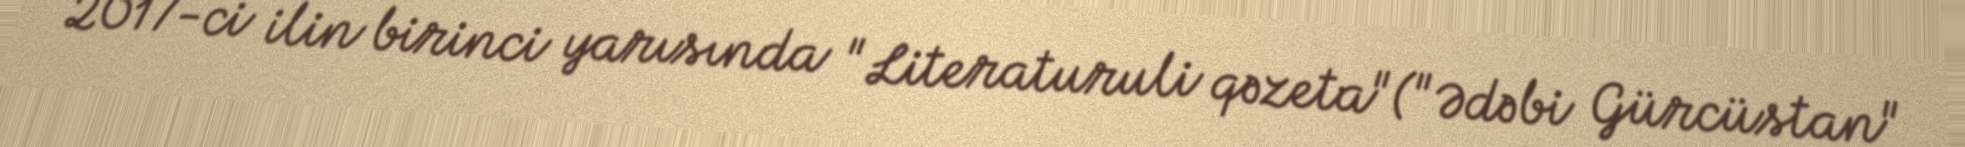
2017-ci ilin birinci yarısında "Literaturuli qəzeta"("Ədəbi Gürcüstan"